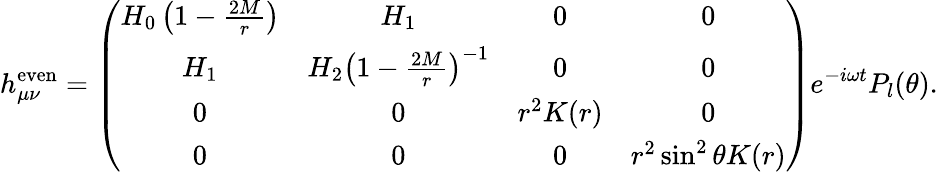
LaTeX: h_{\mu\nu}^{\mathrm{even}}=\left(\begin{array}{cccc}{{H_{0}\left(1-{\frac{2M}{r}}\right)}}&{{H_{1}}}&{{0}}&{{0}}\\ {{H_{1}}}&{{H_{2}\left(1-{\frac{2M}{r}}\right)^{-1}}}&{{0}}&{{0}}\\ {{0}}&{{0}}&{{r^{2}K(r)}}&{{0}}\\ {{0}}&{{0}}&{{0}}&{{r^{2}\sin^{2}\theta K(r)}}\end{array}\right)e^{-i\omega t}P_{l}(\theta).